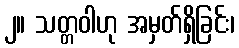
၂။ သတ္တဝါဟု အမှတ်ရှိခြင်း၊